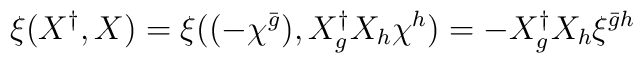
\xi(X^\dag,X)=\xi((-\chi^{\bar{g}}),X_{g}^\dag    X_h\chi^h)=-X_{g}^\dag X_h\xi^{{\bar{g}}h}